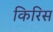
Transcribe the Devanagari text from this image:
किरिस